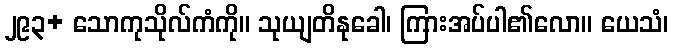
၂၉၃+ သောကုသိုလ်ကံကို။ သုယျတိနုခေါ၊ ကြားအပ်ပါ၏လော။ ယေသံ၊